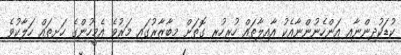
ކުޑަކުދިންނާއި އަންހެނުންނާއެކު އާއިލާތައް ހުރިހުރި ގޮތަށް މިބާޒާރުގައި މަރުވެ އެމީހުންގެ ހަށިތައް ހަލާކުވެ